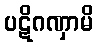
ပဋိဂဏှာမိ